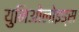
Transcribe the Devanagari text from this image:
युनिओलोइड्स